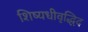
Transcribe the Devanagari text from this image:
शिष्यधीवृद्धिद